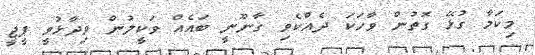
މިކަމާ ގުޅޭ ގޮތުން ވާހަކަ ދެއްކެވި ގާނޫނީ ބައެއް ވަކީލުން ވިދާޅުވީ ޕީޖީ